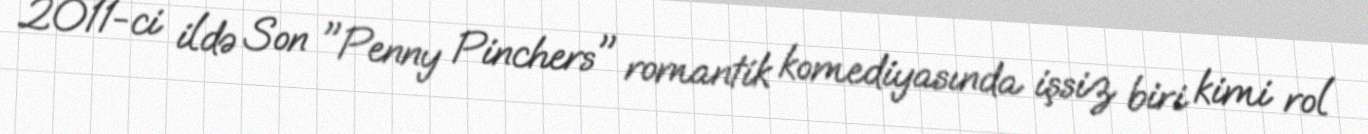
2011-ci ildə Son "Penny Pinchers" romantik komediyasında işsiz biri kimi rol